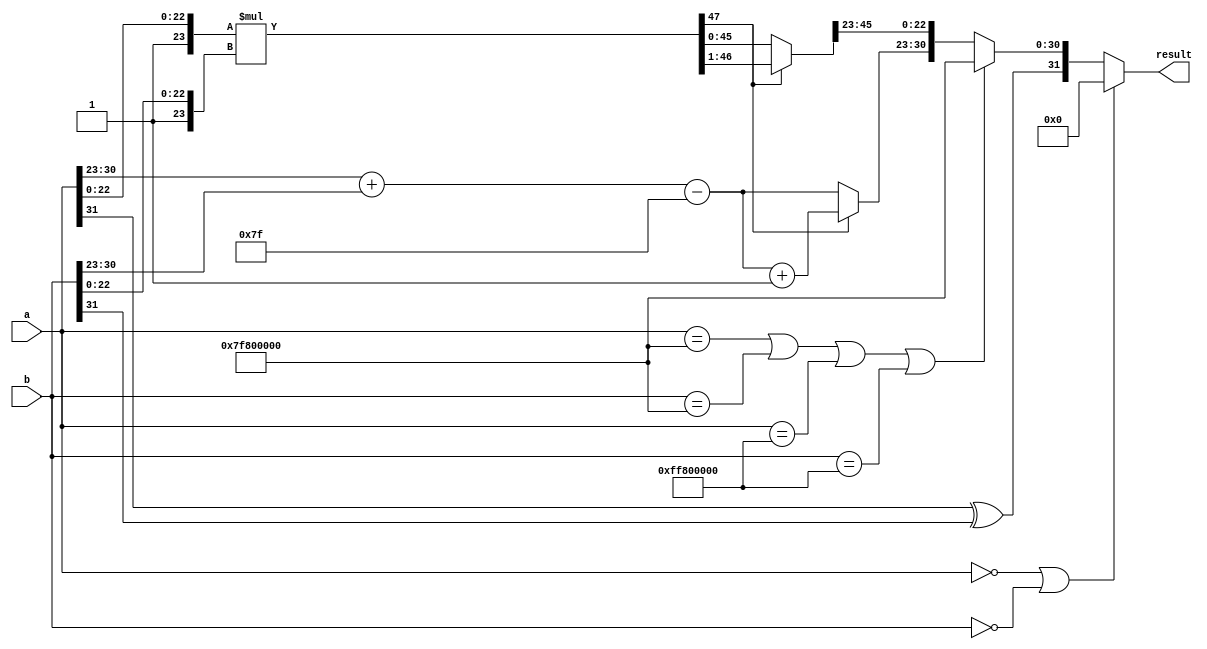
`timescale 1ns/1ns

module multiplier(a, b, result);
	input [31:0] a,b;
	output reg [31:0] result;

	wire sign_a = a[31];
 	wire sign_b = b[31];
	wire [22:0] mantissa_a = a[22:0];
	wire [22:0] mantissa_b = b[22:0];
	wire [7:0] exp_a = a[30:23];
	wire [7:0] exp_b = b[30:23];
	
	reg sign_r;
	reg [7:0] exp_r;
	reg [47:0] mantissa_r;

	always @(*) begin
		sign_r = sign_a ^ sign_b;
		if (a == 0 || b == 0) result = 0;
		else if (a == 32'h7F800000 || b == 32'h7F800000 || a == 32'hFF800000 || b == 32'hFF800000) begin
			result = {sign_r, 8'hFF, 23'b0};
		end
		else begin
			exp_r = exp_a + exp_b - 127;
			mantissa_r = {1'b1, mantissa_a} * {1'b1, mantissa_b};
	
			if (mantissa_r[47] == 1'b1) begin
				mantissa_r = mantissa_r >> 1;
				exp_r = exp_r + 1;
			end

			result = {sign_r, exp_r, mantissa_r[45:23]};
		end
	end
endmodule